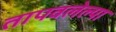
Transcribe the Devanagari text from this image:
तापवलेल्या